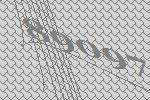
89097